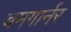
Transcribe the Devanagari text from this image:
बमगार्नर